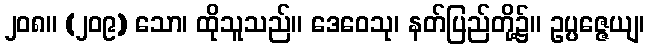
၂၀၈။ (၂၀၉) သော၊ ထိုသူသည်။ ဒေဝေသု၊ နတ်ပြည်တို့၌။ ဥပ္ပဇ္ဇေယျ၊